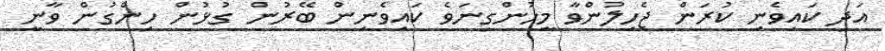
އަދި ކައިވެނި ކުރަން ޖެހިލުންވާ މީހުންގިނަވެ ކައިވެނިން ބޭރުން ގުޅުން ހިންގުން ވާނީ